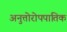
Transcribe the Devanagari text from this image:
अनुत्तोरोपपातिक